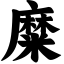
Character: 糜